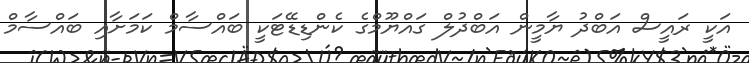
އަކީ ރައީސް އަބްދު ޔާމީން އަބްދުލް ގައްޔޫމްގެ ކެންޑިޑޭޓަކީ ބައްސާމް ކަމަށާއި ބައްސާމް